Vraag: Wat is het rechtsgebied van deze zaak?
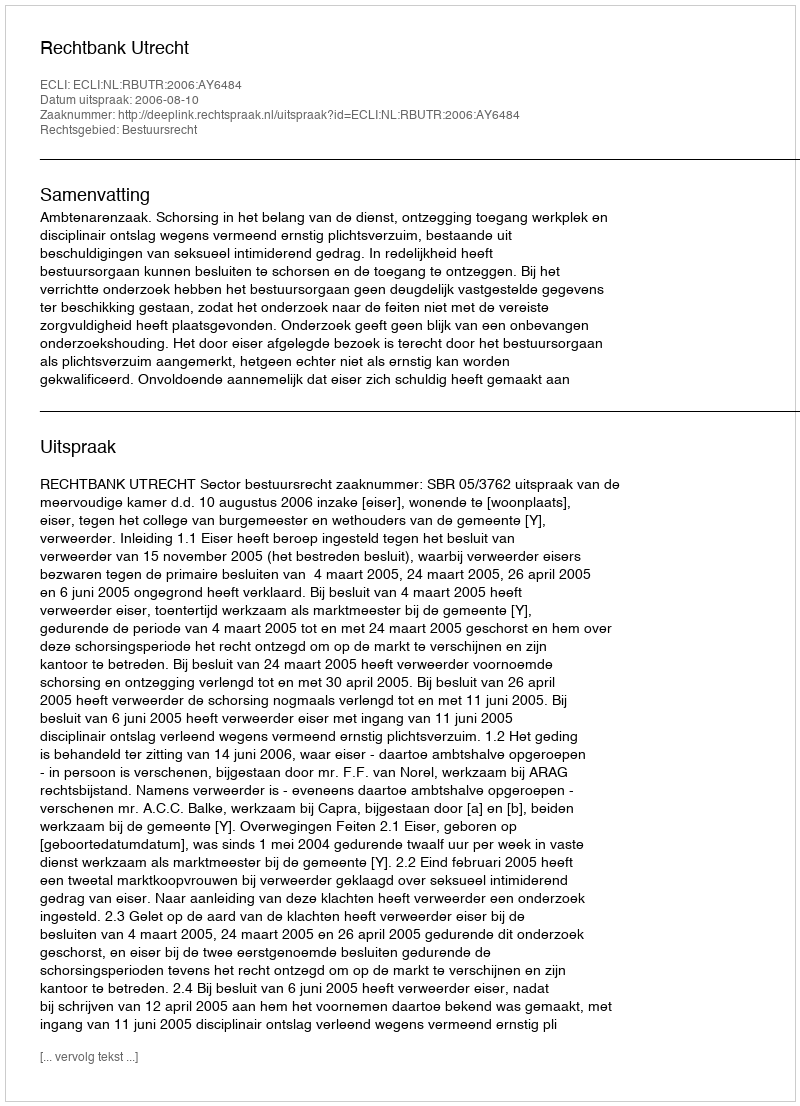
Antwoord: Bestuursrecht